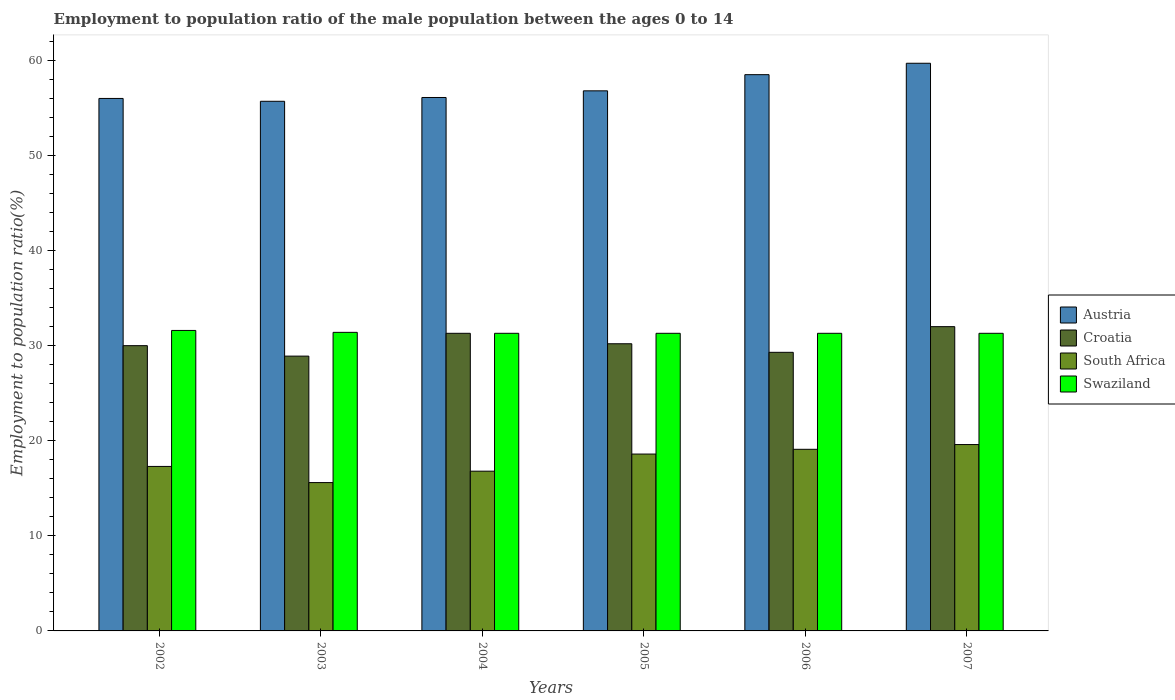
| Years | Austria | Croatia | South Africa | Swaziland |
 | --- | --- | --- | --- | --- |
 | 2002 | 56 | 30 | 17.3 | 31.6 |
 | 2003 | 55.7 | 28.9 | 15.6 | 31.4 |
 | 2004 | 56.1 | 31.3 | 16.8 | 31.3 |
 | 2005 | 56.8 | 30.2 | 18.6 | 31.3 |
 | 2006 | 58.5 | 29.3 | 19.1 | 31.3 |
 | 2007 | 59.7 | 32 | 19.6 | 31.3 |